Vaccine operations Central Provinces 1886-1899 - 1886-1899
Year: 1886
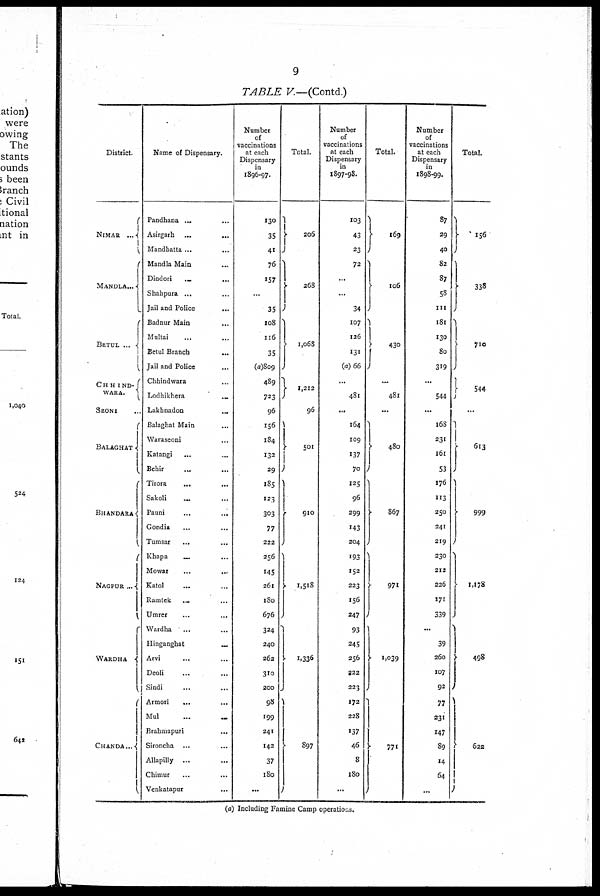
9
TABLE V.—(Contd.)
District.
NIMAR
...
MANDLA...
BETUL ...
CHHIND-
WARA.
SEONI ...
BALAGHAT
BHANDARA
NAGPUR ...
WARDHA
CHANDA ...
Name of Dispensary.
Pandhana ... ...
Asirgarh
...
...
Mandhatta ... ...
Mandla Main ...
Dindori
... ...
Shahpura ... ...
Jail and Police
...
Badnur Main ...
Multai ... ...
Betul Branch
...
Jail and Police ...
Chhindwara ...
Lodhikhera ...
Lakhnadon ...
Balaghat Main ...
Waraseoni ...
Katangi
...
...
Behir ... ...
Tirora ... ...
Sakoli ... ...
Pauni
...
...
Gondia ... ...
Tumsar ... ...
Khapa ... ...
Mowar
...
...
Katol ... ...
Ramtek ... ...
Umrer
...
...
Wardha ... ...
Hinganghat
...
Arvi ... ...
Deoli ... ...
Sindi ... ...
Armori ... ...
Mul
...
...
Brahmapuri ...
Sironcha ... ...
Allapilly ... ...
Chimur ... ...
Venkatapur ...
Number
of
vaccinations
at each
Dispensary
in
1896-97.
130
35
41
76
157
...
35
108
116
35
(a)809
489
723
96
156
184
132
29
185
123
303
77
222
256
145
261
180
676
324
240
262
310
200
98
199
241
142
37
180
...
Total.
206
268
1,068
1,212
96
501
910
1,518
1,336
897
Number
of
vaccinations
at each
Dispensary
in
1897-98.
103
43
23
72
...
...
34
107
126
131
(a) 66
...
481
...
164
109
137
70
125
96
299
143
204
193
152
223
156
247
93
245
256
222
223
172
228
137
46
8
180
...
Total.
169
106
430
...
481
...
480
867
971
1,039
771
Number
of
vaccinations
at each
Dispensary
in
1898-99.
87
29
40
82
87
58
111
181
130
80
319
...
544
...
168
231
161
53
176
113
250
241
219
230
212
226
171
339
...
39
260
107
92
77
231
147
89
14
64
...
Total.
156
338
710
544
...
613
999
1,178
498
622
(a) Including Famine Camp operations.